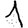
Digit: 1